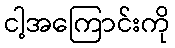
ငါ့အကြောင်းကို